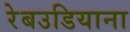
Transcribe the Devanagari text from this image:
रेबउडियाना